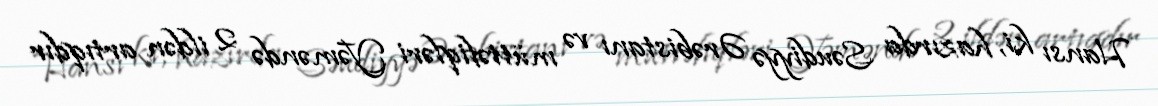
Hansı ki, hazırda Səudiyyə Ərəbistanı və müttəfiqləri Yəməndə 2 ildən artıqdır